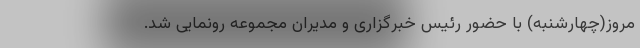
مروز(چهارشنبه) با حضور رئیس خبرگزاری و مدیران مجموعه رونمایی شد.